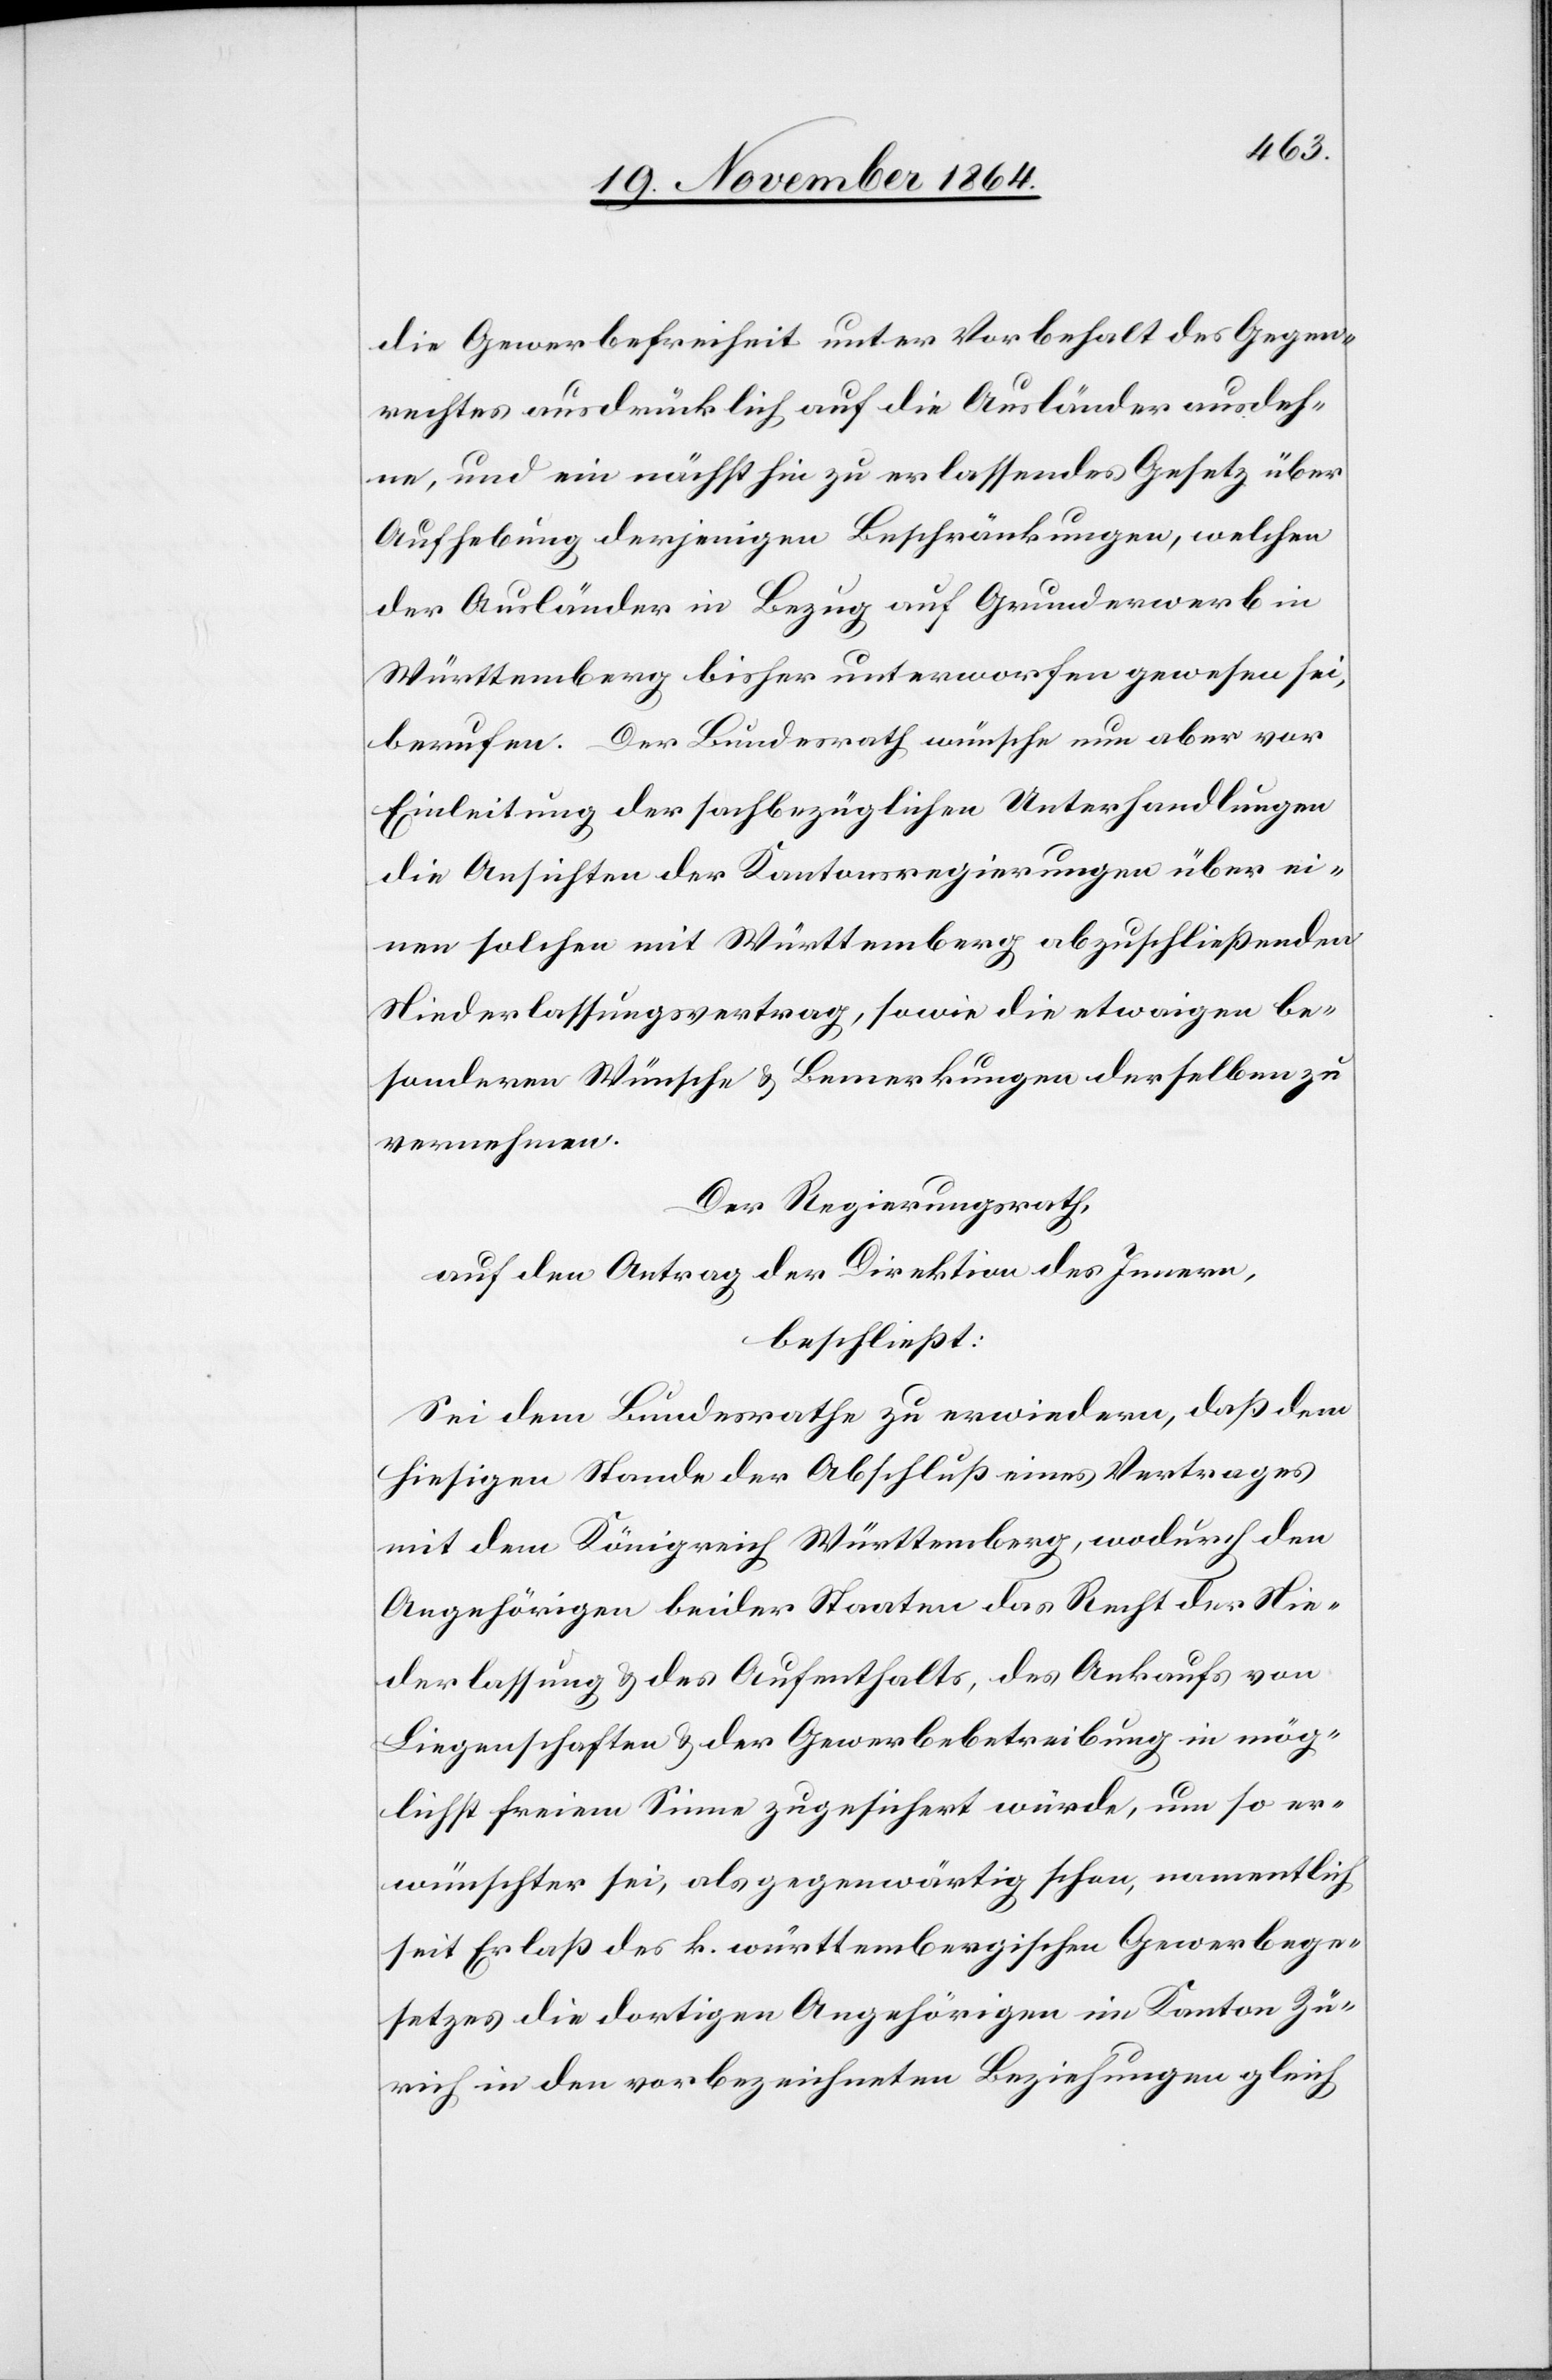
die Gewerbefreiheit unter Vorbehalt des Gegen¬
rechtes ausdrücklich auf die Ausländer ausdeh¬
ne, und ein nächsthin zu erlassendes Gesetz über
Aufhebung derjenigen Beschränkungen, welchen
der Ausländer in Bezug auf Grunderwerb in
Württemberg bisher unterworfen gewesen sei,
berufen. Der Bundesrath wünsche nun aber vor
Einleitung der sachbezüglichen Unterhandlungen
die Ansichten der Kantonsregierungen über ei¬
nen solchen mit Württemberg abzuschließenden
Niederlassungsvertrag, sowie die etwaigen be¬
sondern Wünsche & Bemerkungen derselben zu
vernehmen.
Der Regierungsrath,
auf den Antrag der Direktion des Innern,
beschließt:
Sei dem Bundesrathe zu erwiedern, daß dem
hiesigen Stande der Abschluß eines Vertrages
mit dem Königreich Württemberg, wodurch den
Angehörigen beider Staaten das Recht der Nie¬
derlassung & des Aufenthalts, des Ankaufs von
Liegenschaften & der Gewerbebetreibung in mög¬
lichst freiem Sinne zugesichert würde, um so er¬
wünschter sei, als gegenwärtig schon, namentlich
seit Erlaß des k. württembergischen Gewerbege¬
setzes die dortigen Angehörigen im Kanton Zü¬
rich in den vorbezeichneten Beziehungen gleich